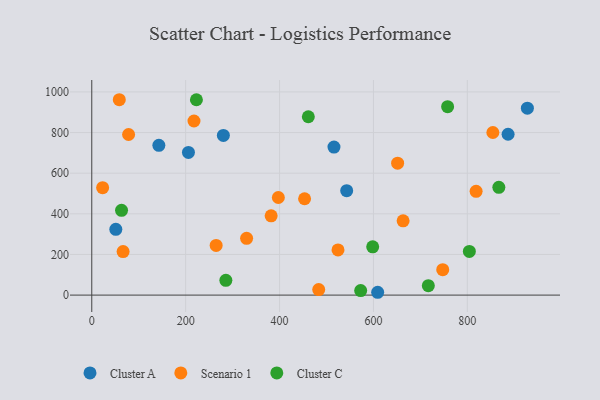
{"axis": {"x": "Experience", "y": "Salary"}, "legend": ["Cluster A", "Cluster C", "Scenario 1"], "data": [{"x": "886.8", "y": 791.6, "type": "Cluster A"}, {"x": "205.9", "y": 702.1, "type": "Cluster A"}, {"x": "609.0", "y": 13.9, "type": "Cluster A"}, {"x": "142.9", "y": 737.2, "type": "Cluster A"}, {"x": "280.3", "y": 785.9, "type": "Cluster A"}, {"x": "51.2", "y": 323.9, "type": "Cluster A"}, {"x": "927.9", "y": 919.9, "type": "Cluster A"}, {"x": "543.0", "y": 514.1, "type": "Cluster A"}, {"x": "515.9", "y": 728.7, "type": "Cluster A"}, {"x": "58.6", "y": 961.6, "type": "Scenario 1"}, {"x": "854.4", "y": 800.2, "type": "Scenario 1"}, {"x": "264.9", "y": 244.5, "type": "Scenario 1"}, {"x": "663.2", "y": 365.5, "type": "Scenario 1"}, {"x": "217.7", "y": 856.9, "type": "Scenario 1"}, {"x": "78.4", "y": 790.5, "type": "Scenario 1"}, {"x": "818.7", "y": 510.6, "type": "Scenario 1"}, {"x": "397.4", "y": 480.3, "type": "Scenario 1"}, {"x": "329.8", "y": 279.5, "type": "Scenario 1"}, {"x": "23.1", "y": 528.9, "type": "Scenario 1"}, {"x": "524.5", "y": 222.4, "type": "Scenario 1"}, {"x": "483.4", "y": 27.3, "type": "Scenario 1"}, {"x": "66.7", "y": 214.3, "type": "Scenario 1"}, {"x": "651.5", "y": 649.2, "type": "Scenario 1"}, {"x": "747.6", "y": 124.9, "type": "Scenario 1"}, {"x": "453.3", "y": 474.2, "type": "Scenario 1"}, {"x": "382.1", "y": 390.0, "type": "Scenario 1"}, {"x": "867.1", "y": 530.4, "type": "Cluster C"}, {"x": "758.0", "y": 927.6, "type": "Cluster C"}, {"x": "804.3", "y": 214.9, "type": "Cluster C"}, {"x": "716.9", "y": 46.6, "type": "Cluster C"}, {"x": "461.3", "y": 877.9, "type": "Cluster C"}, {"x": "222.9", "y": 961.4, "type": "Cluster C"}, {"x": "285.6", "y": 72.8, "type": "Cluster C"}, {"x": "63.4", "y": 417.2, "type": "Cluster C"}, {"x": "572.8", "y": 22.3, "type": "Cluster C"}, {"x": "598.4", "y": 237.4, "type": "Cluster C"}]}